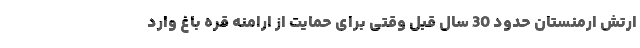
ارتش ارمنستان حدود 30 سال قبل وقتی برای حمایت از ارامنه قره باغ وارد